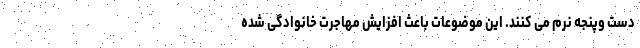
دست وپنجه نرم می کنند. این موضوعات باعث افزایش مهاجرت خانوادگی شده